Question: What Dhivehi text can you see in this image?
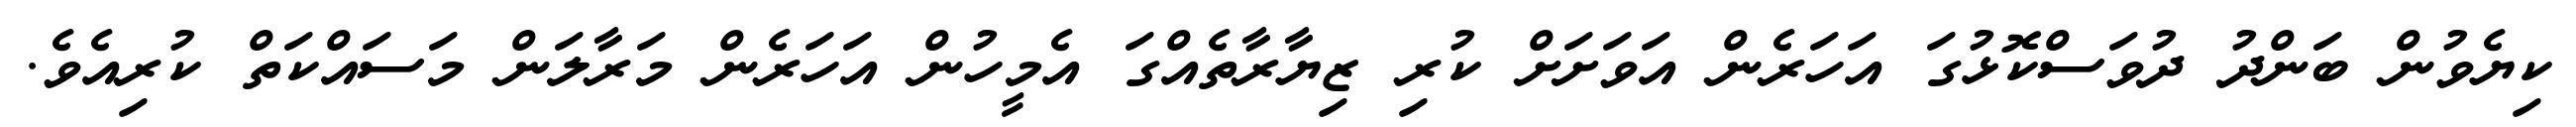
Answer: ކިޔެވުން ބަންދު ދުވަސްކޮޅުގަ އަހަރެން އަވަށަށް ކުރި ޒިޔާރާތެއްގަ އެމީހުން އަހަރެން މަރާލަން މަސައްކަތް ކުރިއެވެ.